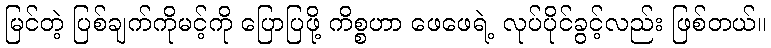
မြင်တဲ့ ပြစ်ချက်ကိုမင့်ကို ပြောပြဖို့ ကိစ္စဟာ ဖေဖေရဲ့ လုပ်ပိုင်ခွင့်လည်း ဖြစ်တယ်။